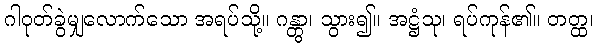
ဂါဝုတ်ခွဲမျှလောက်သော အရပ်သို့။ ဂန္တွာ၊ သွား၍။ အဋ္ဌံသု၊ ရပ်ကုန်၏။ တတ္ထ၊